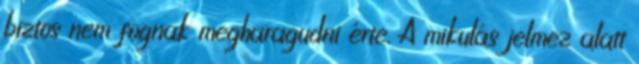
biztos nem fognak megharagudni érte. A mikulás jelmez alatt